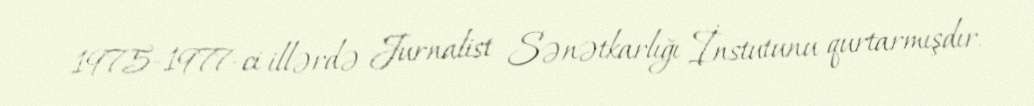
1975-1977-ci illərdə Jurnalist Sənətkarlığı İnstutunu qurtarmışdır.